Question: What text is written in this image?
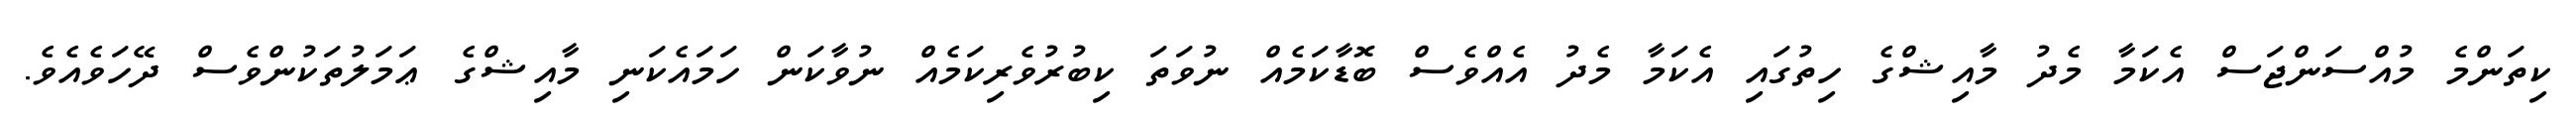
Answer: ކިތަންމެ މުއްސަންޖަސް އެކަމާ މެދު މާއިޝްގެ ހިތުގައި އެކަމާ މެދު އެއްވެސް ބޮޑާކަމެއް ނުވަތަ ކިބުރުވެރިކަމެއް ނުވާކަން ހަމައެކަނި މާއިޝްގެ ޢަމަލުތަކުންވެސް ދޭހަވެއެވެ.